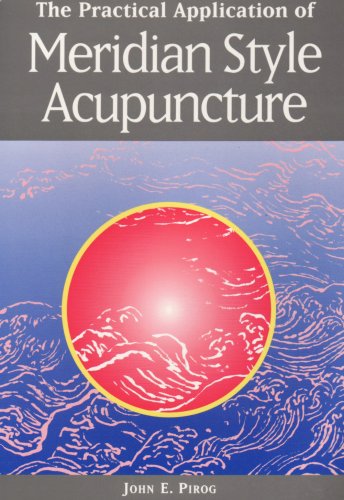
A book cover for The Practical Application of Meridian Style Acupuncture; John E. Pirog; Health, Fitness & Dieting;